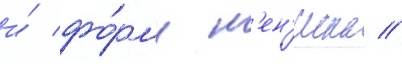
и́ фо́рму м'ен'иска //